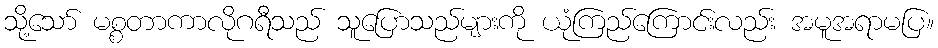
သို့သော် မစ္စတာကာလိုဂရီသည် သူပြောသည်များကို ယုံကြည်ကြောင်းလည်း အမူအရာမပြ။